Civil Veterinary Dept. North-West Frontier Province 1923-32 - 1923-1932
Year: 1923
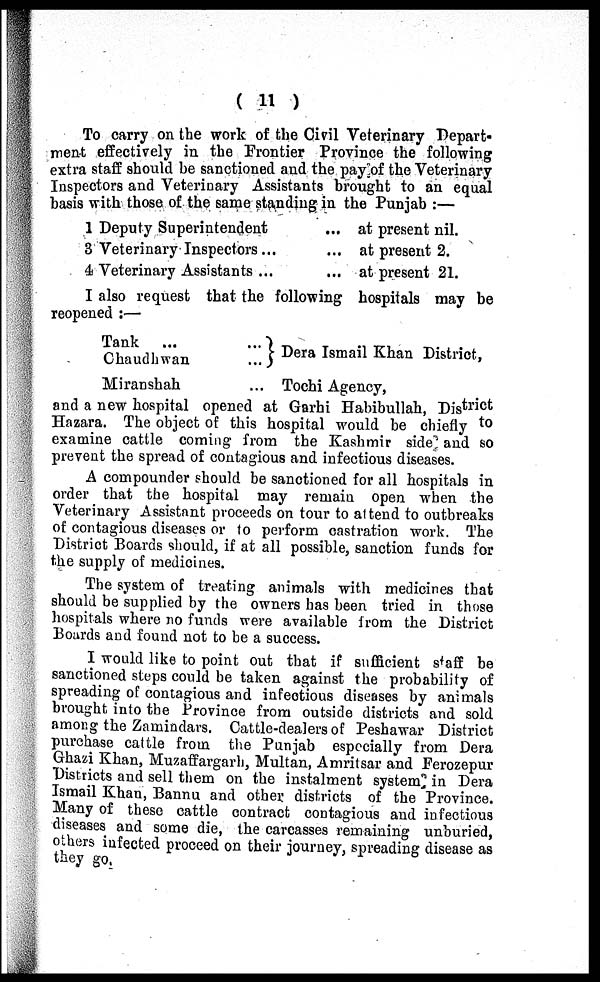
( 11 )
To carry on the work of the Civil Veterinary Depart-
ment effectively in the Frontier Province the following
extra staff should be sanctioned and the pay of the Veterinary
Inspectors and Veterinary Assistants brought to an equal
basis with those of the same standing in the Punjab :—
1 Deputy Superintendent
3 Veterinary Inspectors ...
4 Veterinary Assistants ...
... at present nil.
... at present 2.
... at present 21.
I also request that the following hospitals may be
reopened :—
Tank … …
Chaudhwan …
Miranshah ...
} Dera Ismail Khan District,
Tochi Agency,
and a new hospital opened at Garhi Habibullah, District
Hazara. The object of this hospital would be chiefly to
examine cattle coming from the Kashmir side and so
prevent the spread of contagious and infectious diseases.
A compounder should be sanctioned for all hospitals in
order that the hospital may remain open when the
Veterinary Assistant proceeds on tour to attend to outbreaks
of contagious diseases or to perform castration work. The
District Boards should, if at all possible, sanction funds for
the supply of medicines.
The system of treating animals with medicines that
should be supplied by the owners has been tried in those
hospitals where no funds were available from the District
Boards and found not to be a success.
I would like to point out that if sufficient staff be
sanctioned steps could be taken against the probability of
spreading of contagious and infectious diseases by animals
brought into the Province from outside districts and sold
among the Zamindars. Cattle-dealers of Peshawar District
purchase cattle from the Punjab especially from Dera
Ghazi Khan, Muzaffargarh, Multan, Amritsar and Ferozepur
Districts and sell them on the instalment system in Dera
Ismail Khan, Bannu and other districts of the Province.
Many of these cattle contract contagious and infectious
diseases and some die, the careasses remaining unburied,
others infected proceed on their journey, spreading disease as
they go.